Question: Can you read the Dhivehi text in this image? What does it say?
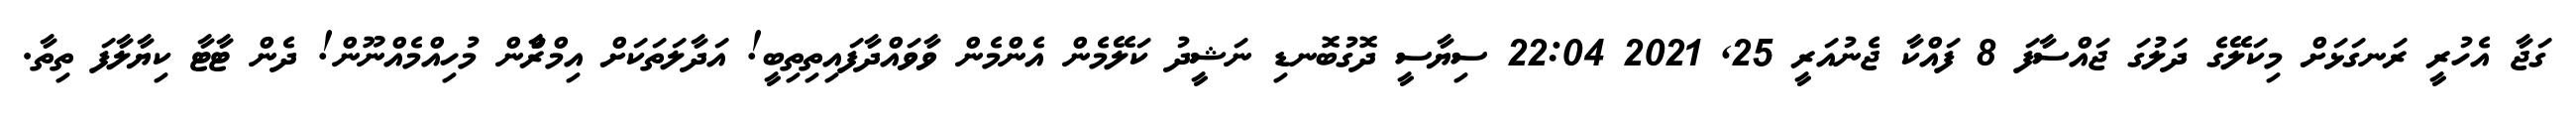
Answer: ގަޖާ އެހުރީ ރަނގަޅަށް މިކަލޭގެ ދަލުގަ ޖައްސާފަ 8 ފައްކާ ޖެނުއަރީ 25, 2021 22:04 ސިޔާސީ ދޮގުބޮނޑި ނަޝީދު ކަލޭމެން އެންމެން ވާވައްދާފައިތިތިބީ! އަދާލަތަކަށް އިމްރާްން މުހިއްމެއްނޫން! ދެން ޓާޓާ ކިޔާލާފަ ތިތާ.